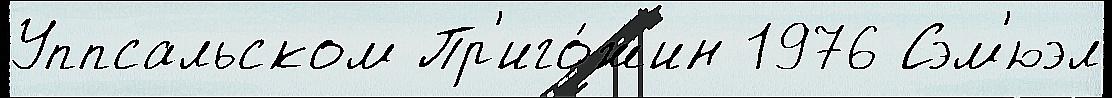
Уппсальском Пр'иго́жин 1976 Сэм'юэл